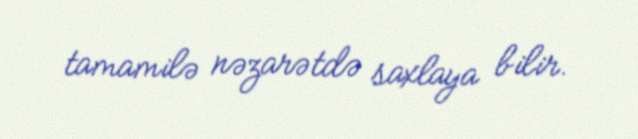
tamamilə nəzarətdə saxlaya bilir.